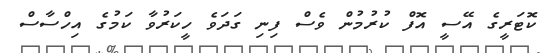
ކޮޓަރީގެ އޭސީ އޮފް ކުރުމުން ވެސް ފިނި ގަދަވެ ހީކަރުވާ ކަމުގެ އިހްސާސް